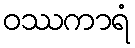
ဝဿကာရံ